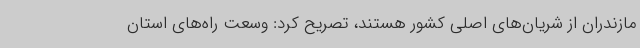
مازندران از شریان‌های اصلی کشور هستند، تصریح کرد: وسعت راه‌های استان